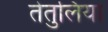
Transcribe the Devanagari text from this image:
तेतुलिया